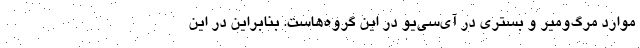
موارد مرگ‌ومیر و بستری در آی‌سی‌یو در این گروه‌هاست. بنابراین در این